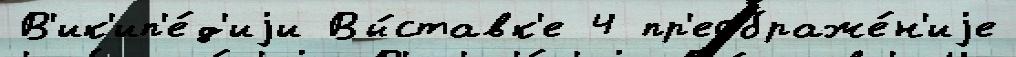
В'ик'ип'е́д'иjи Вы́ставк'е 4 пр'еображе́н'иjе